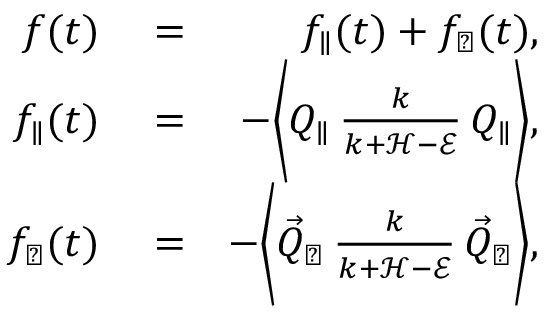
\begin{array} { r l r } { f ( t ) } & { { } = } & { f _ { \parallel } ( t ) + f _ { \perp } ( t ) , } \\ { f _ { \parallel } ( t ) } & { { } = } & { - \biggl \langle Q _ { \parallel } \, \frac { k } { k + \mathcal { H } - \mathcal { E } } \, Q _ { \parallel } \biggr \rangle , } \\ { f _ { \perp } ( t ) } & { { } = } & { - \biggl \langle \vec { Q } _ { \perp } \, \frac { k } { k + \mathcal { H } - \mathcal { E } } \, \vec { Q } _ { \perp } \biggr \rangle , } \end{array}